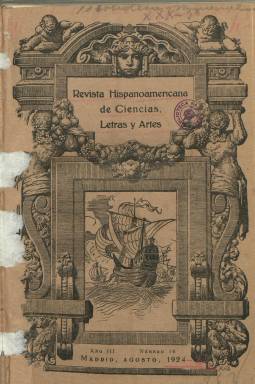
Título: Revista hispanoamericana de ciencias, letras y artes
Colección: Cultura
Ámbito geográfico: Madrid
Lugar de publicación: Madrid
Fechas: 01/08/1924-31/05/1936

Aparece el mes de agosto de 1924, con la secuencia Año III y número 16, al considerarse continuadora de Revista de la Real Academia Hispanoamericana de Ciencias y Artes, que había editado quince números entre 1921 y 1922. Este nuevo título ya no será “órgano oficial” de la sección de Madrid de la citada academia, constituida en 1909 y con sede en Cádiz, ya que dicha sección había quedado extinguida, por lo que, así mismo, había quedado suspendida aquella publicación. En la cabecera de esta nueva revista aparecerá indicado quienes habían sido su fundador y director, el artista y americanista José María de Gamoneda y García del Valle (1875-1963) y el periodista Juan Bautista Acevedo y Rodríguez (1893-1964), respectivamente, apareciendo ahora el primero, además, como su propietario, por lo que esta revista hispanoamericana ha de ser considerada empresa personal de Gamoneda y Acevedo.

Aun así, la revista contará con un Consejo de Redacción en el que figuran, además de su fundador y director, otras destacadas personalidades que también habían sido miembros de la sección madrileña de la Real Academia Hispanoamericana de Ciencias y Artes, como eran varios exministros, el español José Francos Rodríguez; el salvadoreño Ismael G. Fuentes, y el mexicano, Rodolfo Reyes; o el marqués de Velilla del Ebro, que había ostentado la presidencia de sección madrileña de la academia, y el conde de Cedillo, ahora presidente de la Unión Patriótica, el partido fundado por el dictador Miguel Primo de Rivera (1870-1930).

Precisamente, por aparecer durante el régimen primoriverista, la revista tendrá que pasar el visado de la censura previa militar. Su primera entrega (número 16) se publicará justo a los dos años de haber quedado suspendida su antecesora, y en la misma se hará gala del objeto de sus fines, que no era otro que el ideal del movimiento americanista, en el que quedaban englobados los intereses de las relaciones de todo tipo a ambos lados del Atlántico, desde las históricas, políticas, lingüísticas, artísticas, literarias, hasta las económicas y comerciales, entre España, las repúblicas americanas o Portugal

Colaborarán en sus páginas otros ex-académicos de la Hispanoamericana que ya lo habían sido en la revista precedente, como Adolfo Pons y Umbert, como autor de la sección Nuestra política, o el doctor Santiago Carro, además de otras personalidades, como Félix de Llanos y Torriglia (1868-1949) o el crítico de arte Eduardo Navarro Martín (1886-1958).

Estampada en la madrileña Tipografía-Litografía de A. de Ángel Alcoy, sus entregas son de paginación variable, pero, generalmente, en torno a la treintena de páginas, aunque a veces alcancen hasta el centenar, y son compuestas a una o dos columnas. Eran impresas en papel cuché y llevan una cubierta ilustrada con el mismo grabado que el de la revista de 1921-1922, como también lo son sus páginas interiores, donde se insertan numerosos fotograbados con retratos de personalidades españolas y de países americanos, especialmente de los presidentes de sus repúblicas, pero también sobre actualidad social, cultural o política, teniendo, incluso, una sección especial dedicada a los fotograbados con el epígrafe Nuestras páginas artísticas, que ocupan las páginas centrales de cada número. También sus ilustraciones reproducirán obras artísticas o se referirán a eventos o vistas de monumentos, edificios singulares y a todo tipo de acontecimientos.

La revista adopta un formato y estilo de magacín, ya que obviará los contenidos puramente académicos o científicos, siéndolos informativos y publicísticos, referidos a la actualidad tanto española como hispanoamericana, de carácter político y sobre todo cultural, teniendo secciones dedicadas a asuntos históricos, literarios, artísticos, bibliográficos y hemerográficos, jurídicos, financieros, diplomáticos, comerciales o, incluso, teatrales. Dedicará especial atención a los eventos internacionales y conmemoraciones, conferencias o exposiciones hispanoamericanas. Inserta también una copiosa publicidad comercial.

Su última entrega corresponde a los números 157-158, de mayo-junio de 1936, dejando de aparecer coincidiendo con el comienzo de la guerra civil.